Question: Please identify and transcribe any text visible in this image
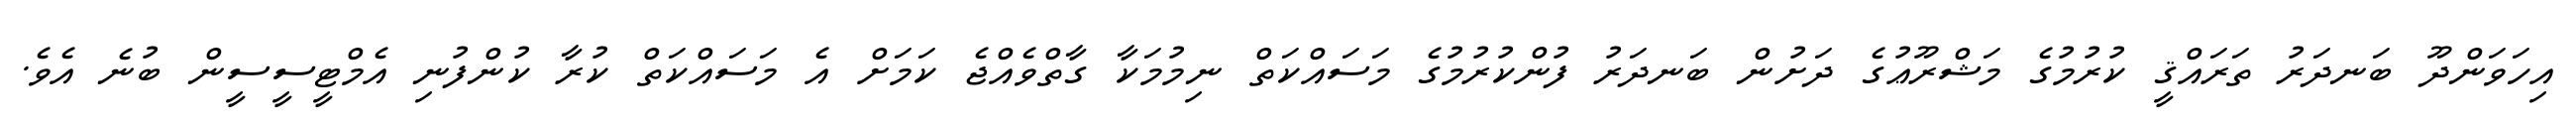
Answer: އިހަވަންދޫ ބަނދަރު ތަރައްޤީ ކުރުމުގެ މަޝްރޫޢުގެ ދަށުން ބަނދަރު ފުންކުރުމުގެ މަސައްކަތް ނިމުމަކާ ގާތްވެއްޖެ ކަމަށް އެ މަސައްކަތް ކުރާ ކުންފުނި އެމްޓީސީސީން ބުނެ އެވެ.